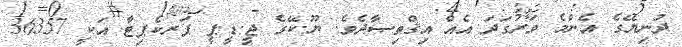
ދުނިޔޭގެ އެންމެ ވަރުގަދަ އެއް އިޤްތިޞާދެވެ. ޔޫ.ކޭގެ ޖީ.ޑީ.ޕީ ޕަރކެޕިޓާ އަކީ 36357